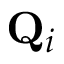
\mathbf { Q } _ { i }